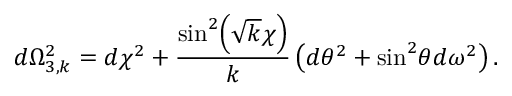
d \Omega _ { 3 , k } ^ { 2 } = d \chi ^ { 2 } + \frac { \sin ^ { 2 } \! \left( \sqrt { k } \chi \right) } { k } \left( d \theta ^ { 2 } + \sin ^ { 2 } \! \theta d \omega ^ { 2 } \right) .